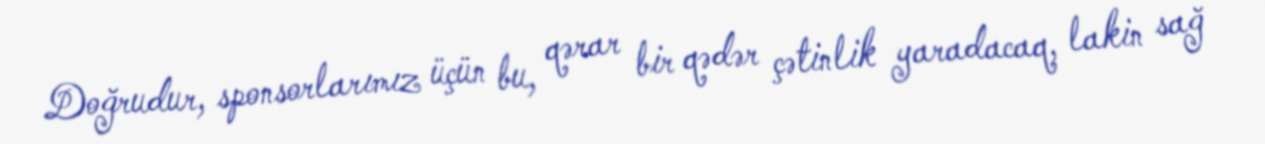
Doğrudur, sponsorlarımız üçün bu, qərar bir qədər çətinlik yaradacaq, lakin sağ